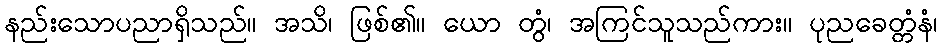
နည်းသောပညာရှိသည်။ အသိ၊ ဖြစ်၏။ ယော တွံ၊ အကြင်သူသည်ကား။ ပုညခေတ္တံနံ၊